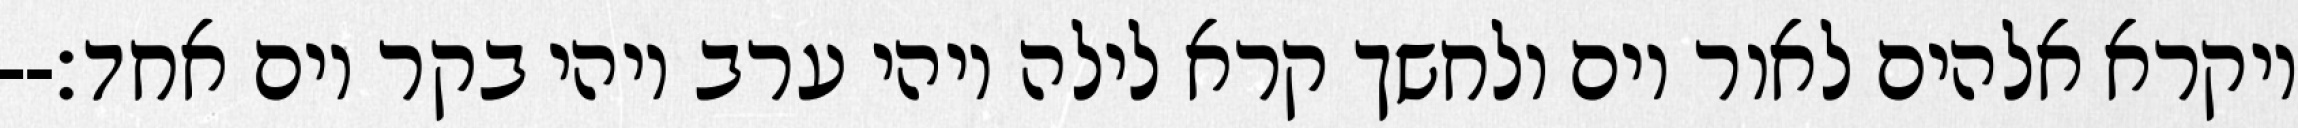
ויקרא אלהים לאור יום ולחשך קרא לילה ויהי ערב ויהי בקר יום אחד׃--